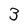
Character: 3